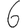
Digit: 6